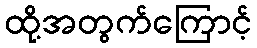
ထို့အတွက်ကြောင့်